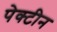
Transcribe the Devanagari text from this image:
पेक्टीन